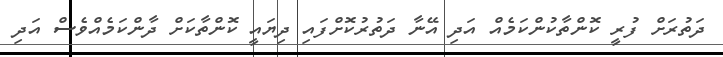
ދަތުރަށް ފުރީ ކޮންތާކުންކަމެއް އަދި އޭނާ ދަތުރުކޮށްފައި ދިޔައީ ކޮންތާކަށް ދާންކަމެއްވެސް އަދި